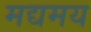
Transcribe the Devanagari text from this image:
मद्यमय